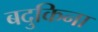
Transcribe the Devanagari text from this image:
बदुकिना